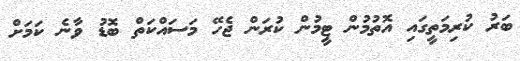
ބަރު ކުރިމަތީގައި އޮތުމުން ޓީމުން ކުރަން ޖެހޭ މަސައްކަތް ބޮޑު ވާނެ ކަމަށް